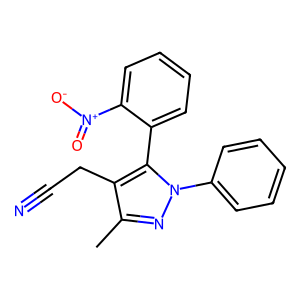
SMILES: Cc1nn(-c2ccccc2)c(-c2ccccc2[N+](=O)[O-])c1CC#N
Inhibits HIV replication: No